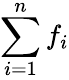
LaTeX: \sum_{i=1}^{n}f_{i}